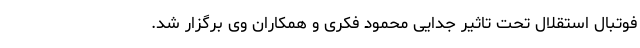
فوتبال استقلال تحت تاثیر جدایی محمود فکری و همکاران وی برگزار شد.